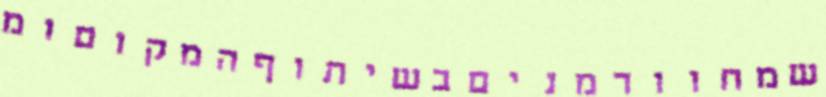
שמחוורמניםבשיתוףהמקוםומ